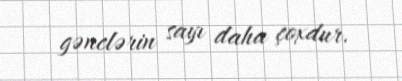
gənclərin sayı daha çoxdur.